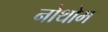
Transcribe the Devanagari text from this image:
नोथोम